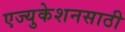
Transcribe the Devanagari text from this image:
एज्युकेशनसाठी